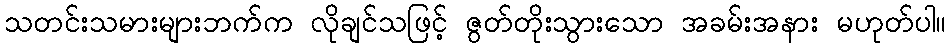
သတင်းသမားများဘက်က လိုချင်သဖြင့် ဇွတ်တိုးသွားသော အခမ်းအနား မဟုတ်ပါ။